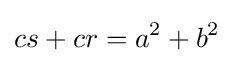
cs+cr=a^{2}+b^{2}\